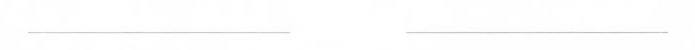
___ ___